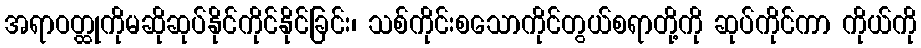
အရာဝတ္ထုကိုမဆိုဆုပ်နိုင်ကိုင်နိုင်ခြင်း၊ သစ်ကိုင်းစသောကိုင်တွယ်စရာတို့ကို ဆုပ်ကိုင်ကာ ကိုယ်ကို